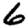
Digit: 6